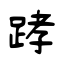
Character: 踍